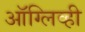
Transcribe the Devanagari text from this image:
ऑग्लिव्ही